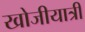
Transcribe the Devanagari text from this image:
खोजीयात्री